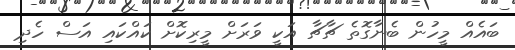
ބައެއް މީހުން ބެނާގޮތެ ޗާޗާ އަކީ ވަރަށް މީރިކޮށް ކައްކައި އަސް ހެދި